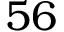
5 6